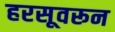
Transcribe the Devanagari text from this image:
हरसूवरून